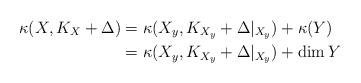
LaTeX: \begin{align*}\kappa (X, K_X+\Delta)&= \kappa (X_y, K_{X_y}+\Delta|_{X_y})+\kappa (Y)\\&=\kappa (X_y, K_{X_y}+\Delta|_{X_y})+\dim Y\end{align*}